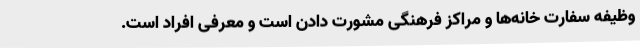
وظیفه سفارت خانه‌ها و مراکز فرهنگی مشورت دادن است و معرفی افراد است.